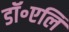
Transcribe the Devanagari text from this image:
डॉ॰एलि